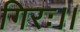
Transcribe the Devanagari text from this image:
गिरः।।